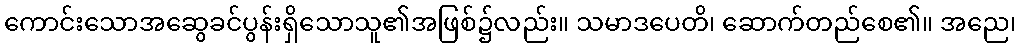
ကောင်းသောအဆွေခင်ပွန်းရှိသောသူ၏အဖြစ်၌လည်း။ သမာဒပေတိ၊ ဆောက်တည်စေ၏။ အညေ၊